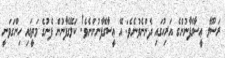
ރަސޫލާ ޢީސާގެފާނުންގެ އަރިހުގައި ދެންނެވުނެވެ: އޭ ޢީސާގެފާނުންނެވެ! ކަލޭގެފާނުން ފެނުގެ މަތީގައި ހިންގަވަނީ